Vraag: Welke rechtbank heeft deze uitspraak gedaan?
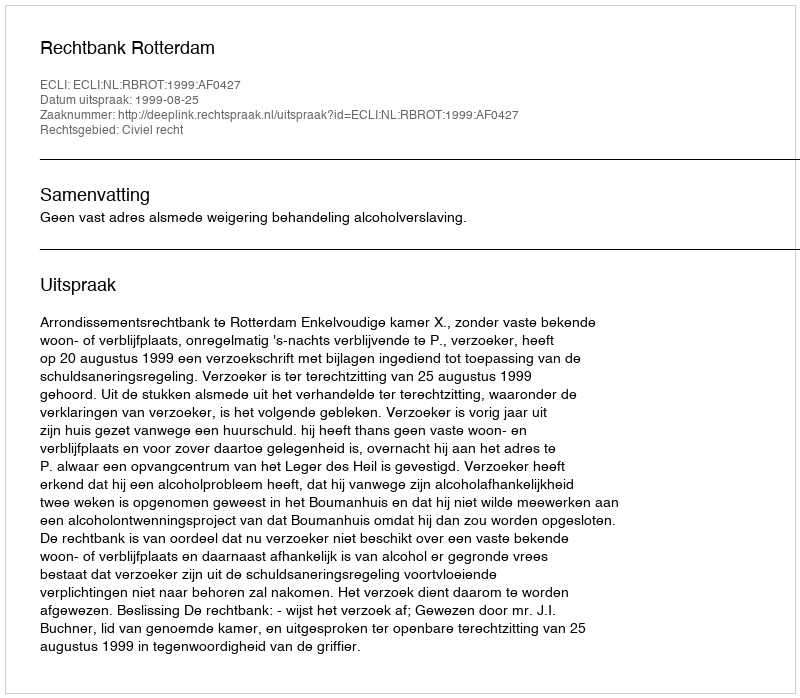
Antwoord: Rechtbank Rotterdam